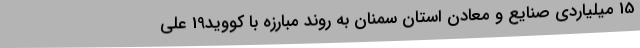
15 میلیاردی صنایع و معادن استان سمنان به روند مبارزه با کووید19 علی